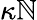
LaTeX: \kappa\mathbb{N}